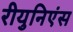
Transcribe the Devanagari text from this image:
रीयुनिएंस